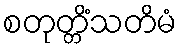
စတုတ္တိံသတိမံ